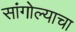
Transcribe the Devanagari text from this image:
सांगोल्याचा